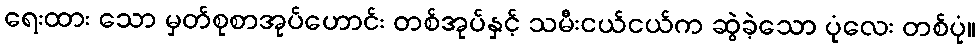
ရေးထား သော မှတ်စုစာအုပ်ဟောင်း တစ်အုပ်နှင့် သမီးငယ်ငယ်က ဆွဲခဲ့သော ပုံလေး တစ်ပုံ။